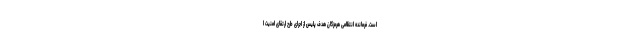
است. فرمانده انتظامی هرمزگان هدف پلیس از اجرای طرح ارتقای امنیت ا